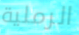
الرملية